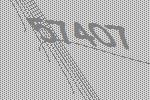
57407